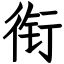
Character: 衔